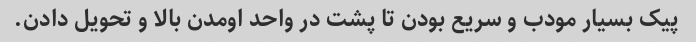
پیک بسیار مودب و سریع بودن تا پشت در واحد اومدن بالا و تحویل دادن.